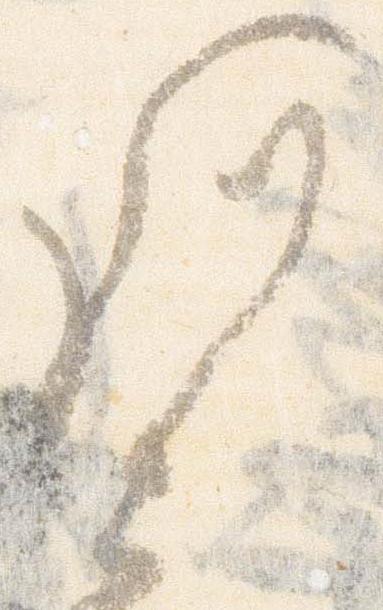
謹